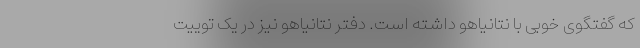
که گفتگوی خوبی با نتانیاهو داشته است. دفتر نتانیاهو نیز در یک توییت